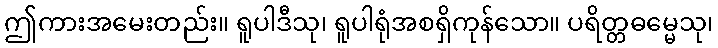
ဤကားအမေးတည်း။ ရူပါဒီသု၊ ရူပါရုံအစရှိကုန်သော။ ပရိတ္တဓမ္မေသု၊